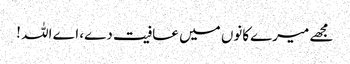
مجھے میرےکانوں میں عافیت دے، اے اللہ !